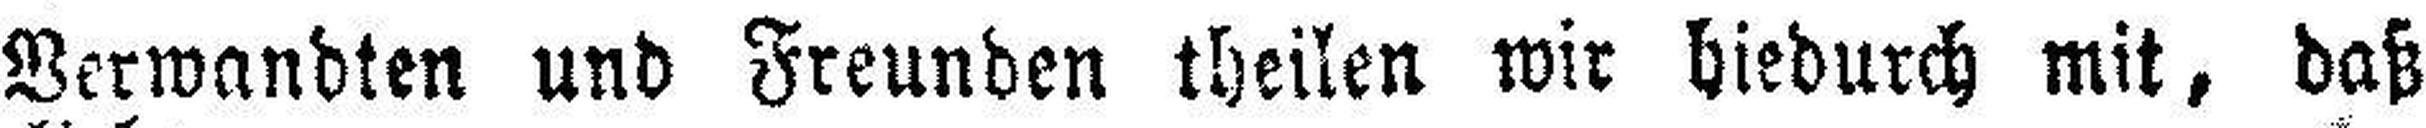
Verwandten und Freunden theilen wir hiedurch mit, daß